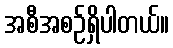
အစီအစဉ်ရှိပါတယ်။